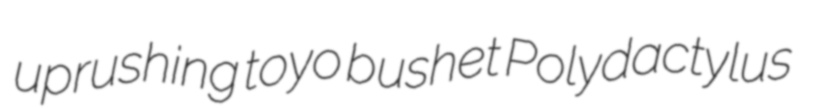
uprushing toyo bushet Polydactylus